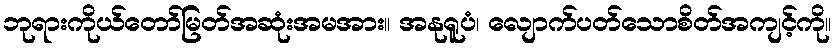
ဘုရားကိုယ်တော်မြတ်အဆုံးအမအား။ အနုရူပံ၊ လျောက်ပတ်သောစိတ်အကျင့်ကို။